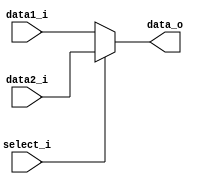
////
// copy from hw4
////
module MUX32(data1_i,data2_i,select_i,data_o);
	
    input [31:0]data1_i;
    input [31:0]data2_i;
	input select_i;
	output [31:0]data_o;
	
	assign data_o = (select_i==0) ? data1_i : data2_i;
endmodule